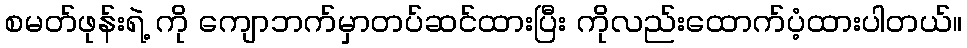
စမတ်ဖုန်းရဲ့ ကို ကျောဘက်မှာတပ်ဆင်ထားပြီး ကိုလည်းထောက်ပံ့ထားပါတယ်။